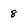
Character: 8